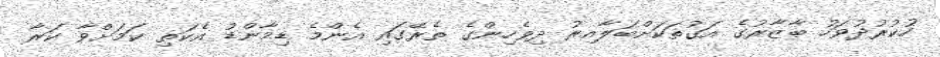
ހުކުރުދުވަހު ބާޒާރުގެ އަގުތަކަށްބަލާއިރު ދިވެހިންގެ ތެރޭގައި އެންމެ ޑިމާންޑު އެކަތި ކަމަށްވާ ކަރާ